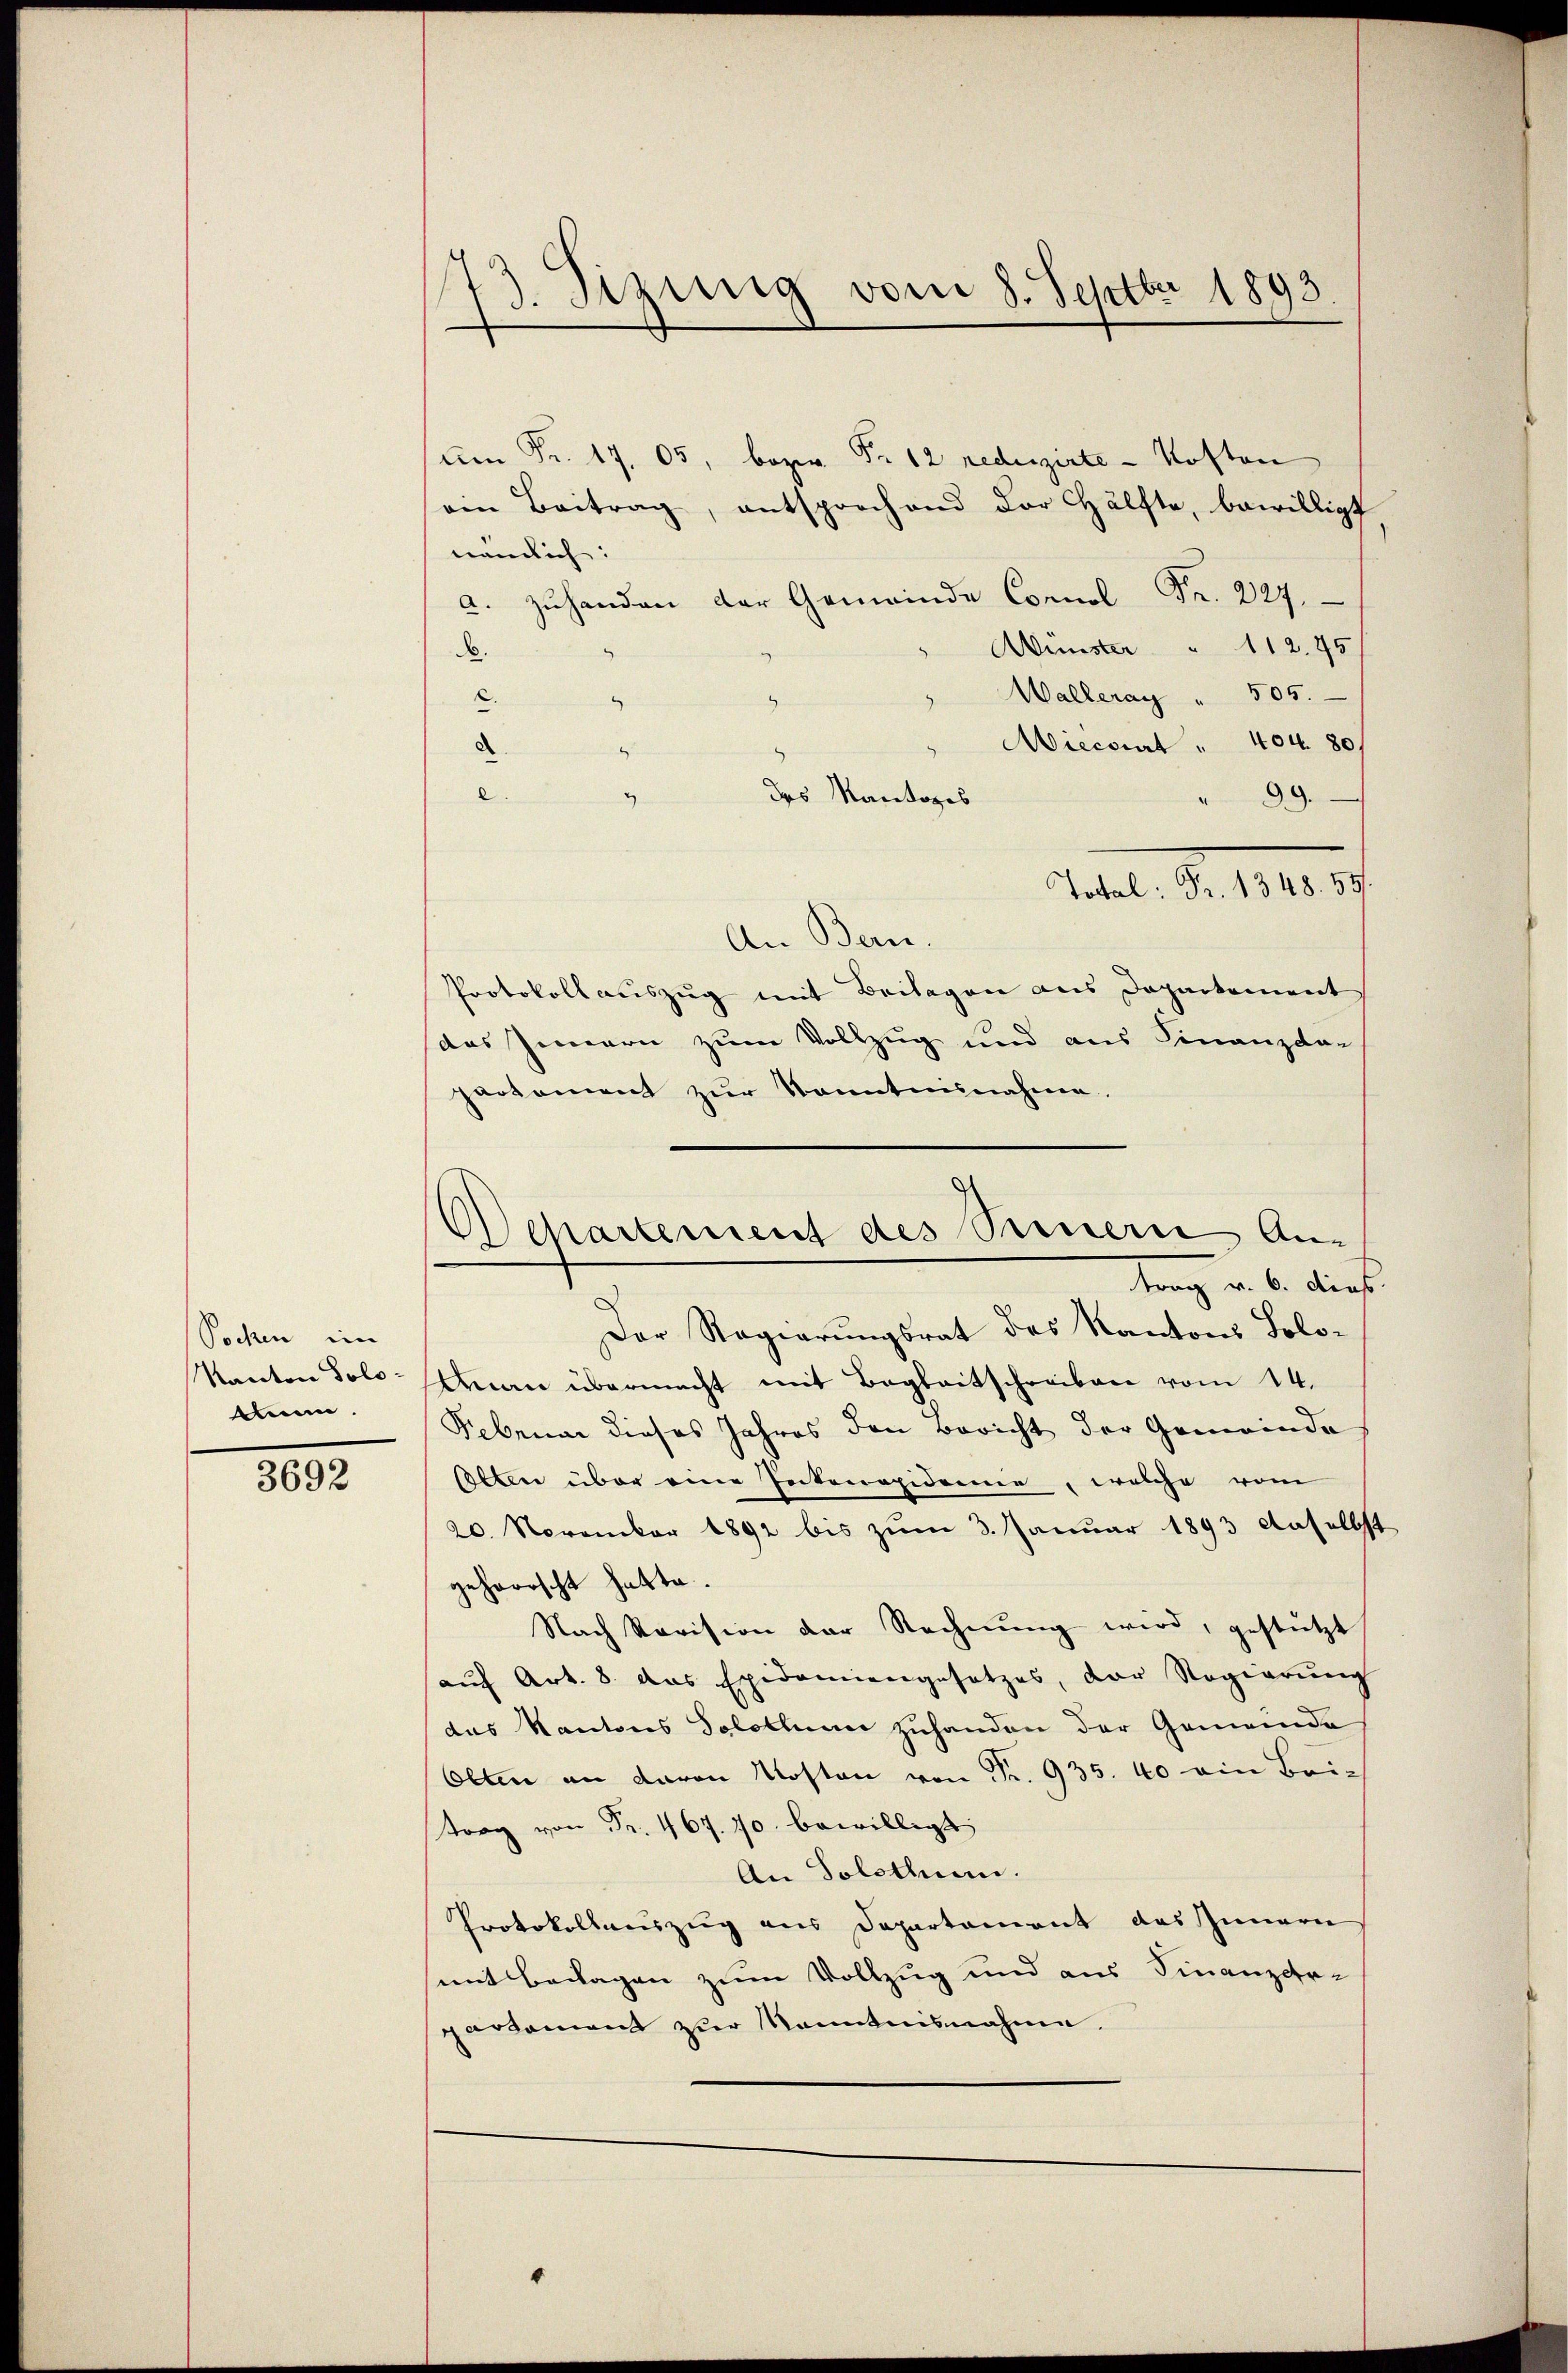
Pochen im
Kanton Solo-
A.

3692

73. Sizung vom 8. Septbr 1893.

um Fr. 17. 05, bezw. Fr. 12 redesirte Kosten
oen Beitrag, entsprochend der Hälfte, bewilligt
nämlich:
. zŭ handen der Gem
Münster " 112. 75
d.
Walleray " 505.
9
Miecourt " 404. 801
.
des Mantages
4
89.
Total: Fr. 1348. 59.
An Bern.
Protokollauszug mit Beilagen aus Departement
das Innern zum Vollzug und aus Finanzda-
partement zur Kenntnisnahme.
Der Regierungsrat des Kantons Solo¬
Man übermacht mit Begleitschreiben vom 14.
Februar dieses Jahres den Bericht der Gemeinde
selben über eine Intenopidemie, welche vom
20. November 1892 bis zum 3. Januar 1893 daselbst
gehorscht hatte.
Nach Revision der Rechnŭng wird, gestützt
aŭf Art. 8. das Epidemiengesetzes, der Regierŭng
das Kantons Solothume zuhanden der Gemeinde
Olten an davon Kosten von Fr. 935. 40 ein Bei-
t.40 bewilligt
An Solothur.
Protokollauszug aus Departement des Innern
mit Beilagen zum Vollzug und aus Finanzer-
pardament zur Kenntnisnahme.

.

9

chartement des Sinnern An-
trag a. b. diese